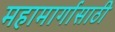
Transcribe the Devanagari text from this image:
महामार्गासाठी